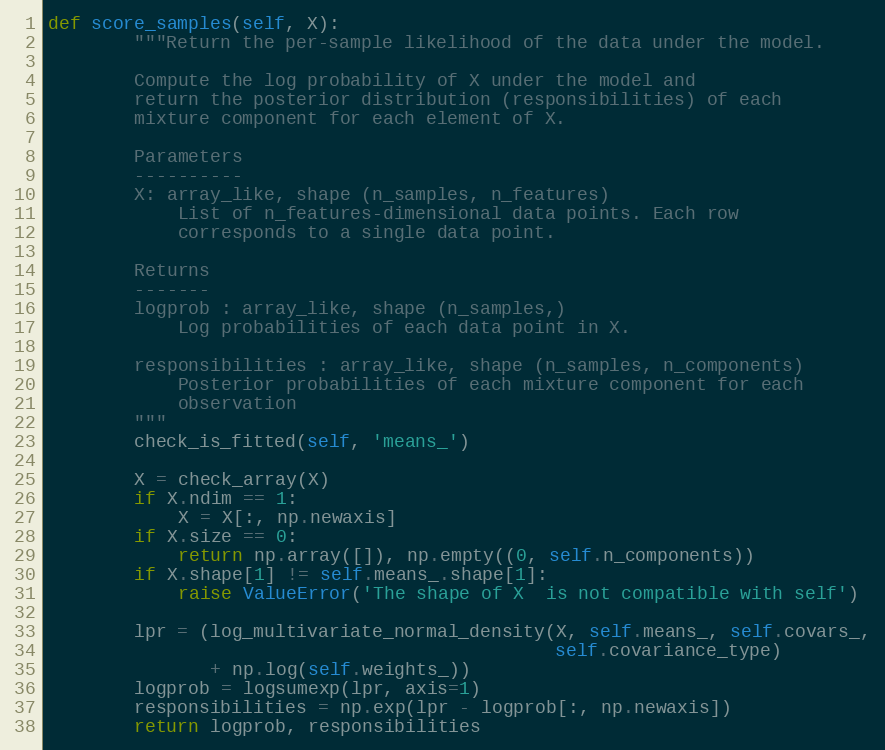
Language: Python
def score_samples(self, X):
        """Return the per-sample likelihood of the data under the model.

        Compute the log probability of X under the model and
        return the posterior distribution (responsibilities) of each
        mixture component for each element of X.

        Parameters
        ----------
        X: array_like, shape (n_samples, n_features)
            List of n_features-dimensional data points. Each row
            corresponds to a single data point.

        Returns
        -------
        logprob : array_like, shape (n_samples,)
            Log probabilities of each data point in X.

        responsibilities : array_like, shape (n_samples, n_components)
            Posterior probabilities of each mixture component for each
            observation
        """
        check_is_fitted(self, 'means_')

        X = check_array(X)
        if X.ndim == 1:
            X = X[:, np.newaxis]
        if X.size == 0:
            return np.array([]), np.empty((0, self.n_components))
        if X.shape[1] != self.means_.shape[1]:
            raise ValueError('The shape of X  is not compatible with self')

        lpr = (log_multivariate_normal_density(X, self.means_, self.covars_,
                                               self.covariance_type)
               + np.log(self.weights_))
        logprob = logsumexp(lpr, axis=1)
        responsibilities = np.exp(lpr - logprob[:, np.newaxis])
        return logprob, responsibilities